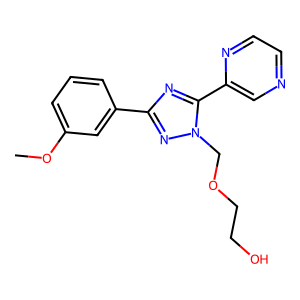
SMILES: COc1cccc(-c2nc(-c3cnccn3)n(COCCO)n2)c1
Inhibits HIV replication: No